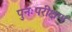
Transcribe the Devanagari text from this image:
पुनःपरीक्षण